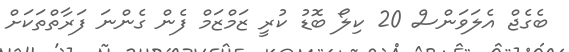
ބެގެޖް އެލަވަންސް 20 ކިލޯ ބޮޑު ކުރީ ޒަމްޒަމް ފެން ގެންނަ ފަރާތްތަކަށް